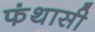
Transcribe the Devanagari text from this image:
फंथासी